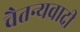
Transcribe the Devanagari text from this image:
चैतन्यवादी